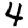
Digit: 4